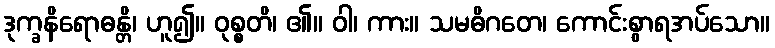
ဒုက္ခနိရောဓန္တိ၊ ဟူ၍။ ဝုစ္စတိ၊ ၏။ ဝါ၊ ကား။ သမဓိဂတေ၊ ကောင်းစွာရအပ်သော။